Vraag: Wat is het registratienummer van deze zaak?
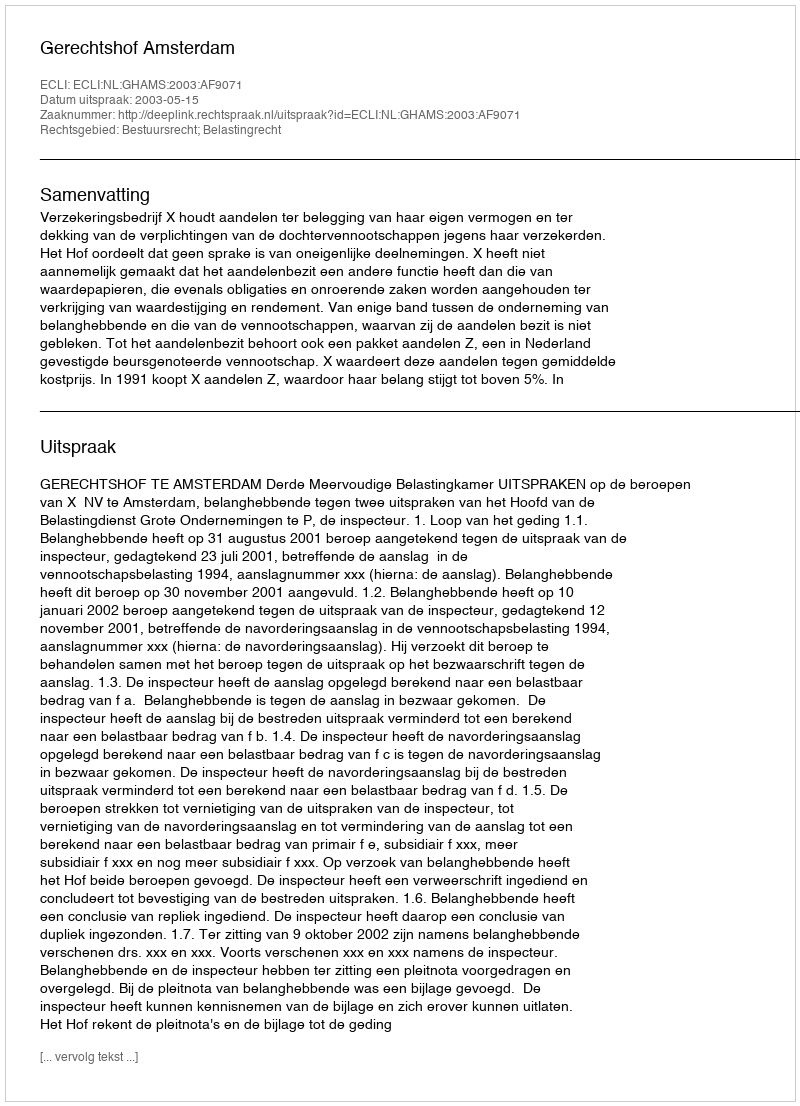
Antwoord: http://deeplink.rechtspraak.nl/uitspraak?id=ECLI:NL:GHAMS:2003:AF9071